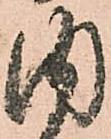
内